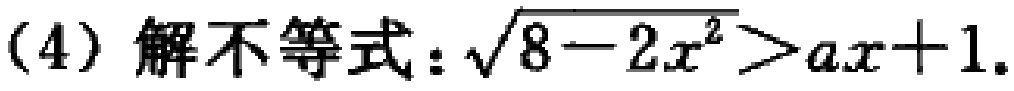
(4) 解不等式：\(\sqrt{8 - 2x^{2}}>ax + 1\).